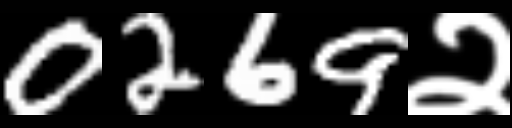
Text: 0269२